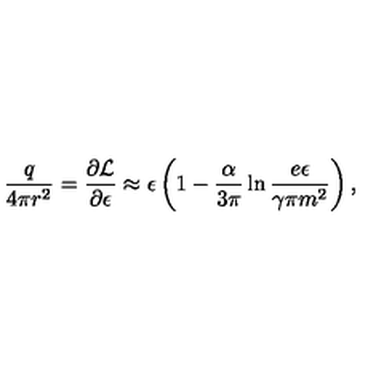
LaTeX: \frac { q } { 4 \pi r ^ { 2 } } = \frac { \partial { \cal L } } { \partial \epsilon } \approx \epsilon \left( 1 - \frac { \alpha } { 3 \pi } \ln \frac { e \epsilon } { \gamma \pi m ^ { 2 } } \right) ,